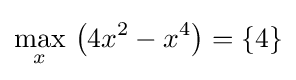
{\underset {x}{\operatorname {max} }}\,\left(4x^{2}-x^{4}\right)=\{4\}